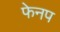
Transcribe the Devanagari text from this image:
फेनप